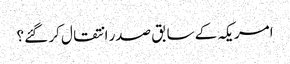
امریکہ کے سابق صدر انتقال کر گئے ؟